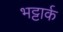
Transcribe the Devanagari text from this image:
भट्टार्क